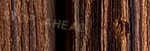
STOP AHEAD